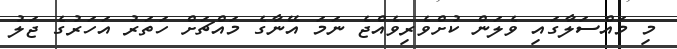
މި މައްސަލާގައި ވެލަން ކުށްވެރިވެއްޖެ ނަމަ އޭނާގެ މައްޗަށް ހަތަރު އަހަރުގެ ޖަލު